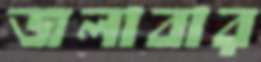
জলাবার